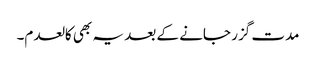
مدت گزر جانے کے بعد یہ بھی کالعدم۔